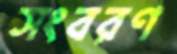
সংবরণ